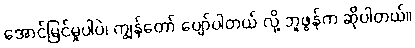
အောင်မြင်မှုပါပဲ၊ ကျွန်တော် ပျော်ပါတယ် လို့ ဘူဖွန်က ဆိုပါတယ်။